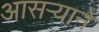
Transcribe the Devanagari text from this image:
आसऱ्याने